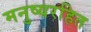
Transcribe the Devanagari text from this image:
मनुष्यरहित